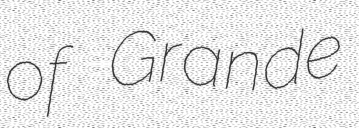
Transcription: of Grande